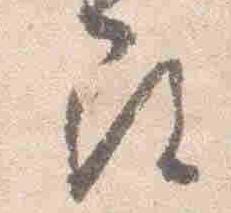
尋